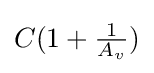
{C}({1+{\tfrac {1}{A_{v}}}})